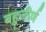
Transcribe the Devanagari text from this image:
बहुजीर्ण